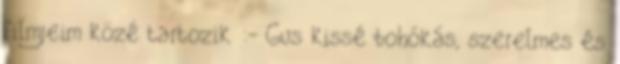
filmjeim közé tartozik :- Gus kissé bohókás, szerelmes és